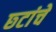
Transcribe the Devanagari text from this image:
छ्टांचे